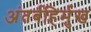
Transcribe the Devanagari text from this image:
अंतर्बहिर्मुख